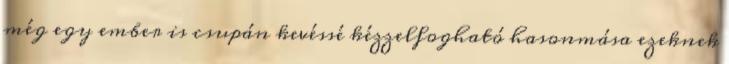
még egy ember is csupán kevéssé kézzelfogható hasonmása ezeknek